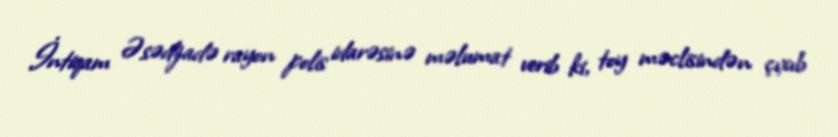
İntiqam Əsədzadə rayon polis idarəsinə məlumat verib ki, toy məclisindən çıxıb